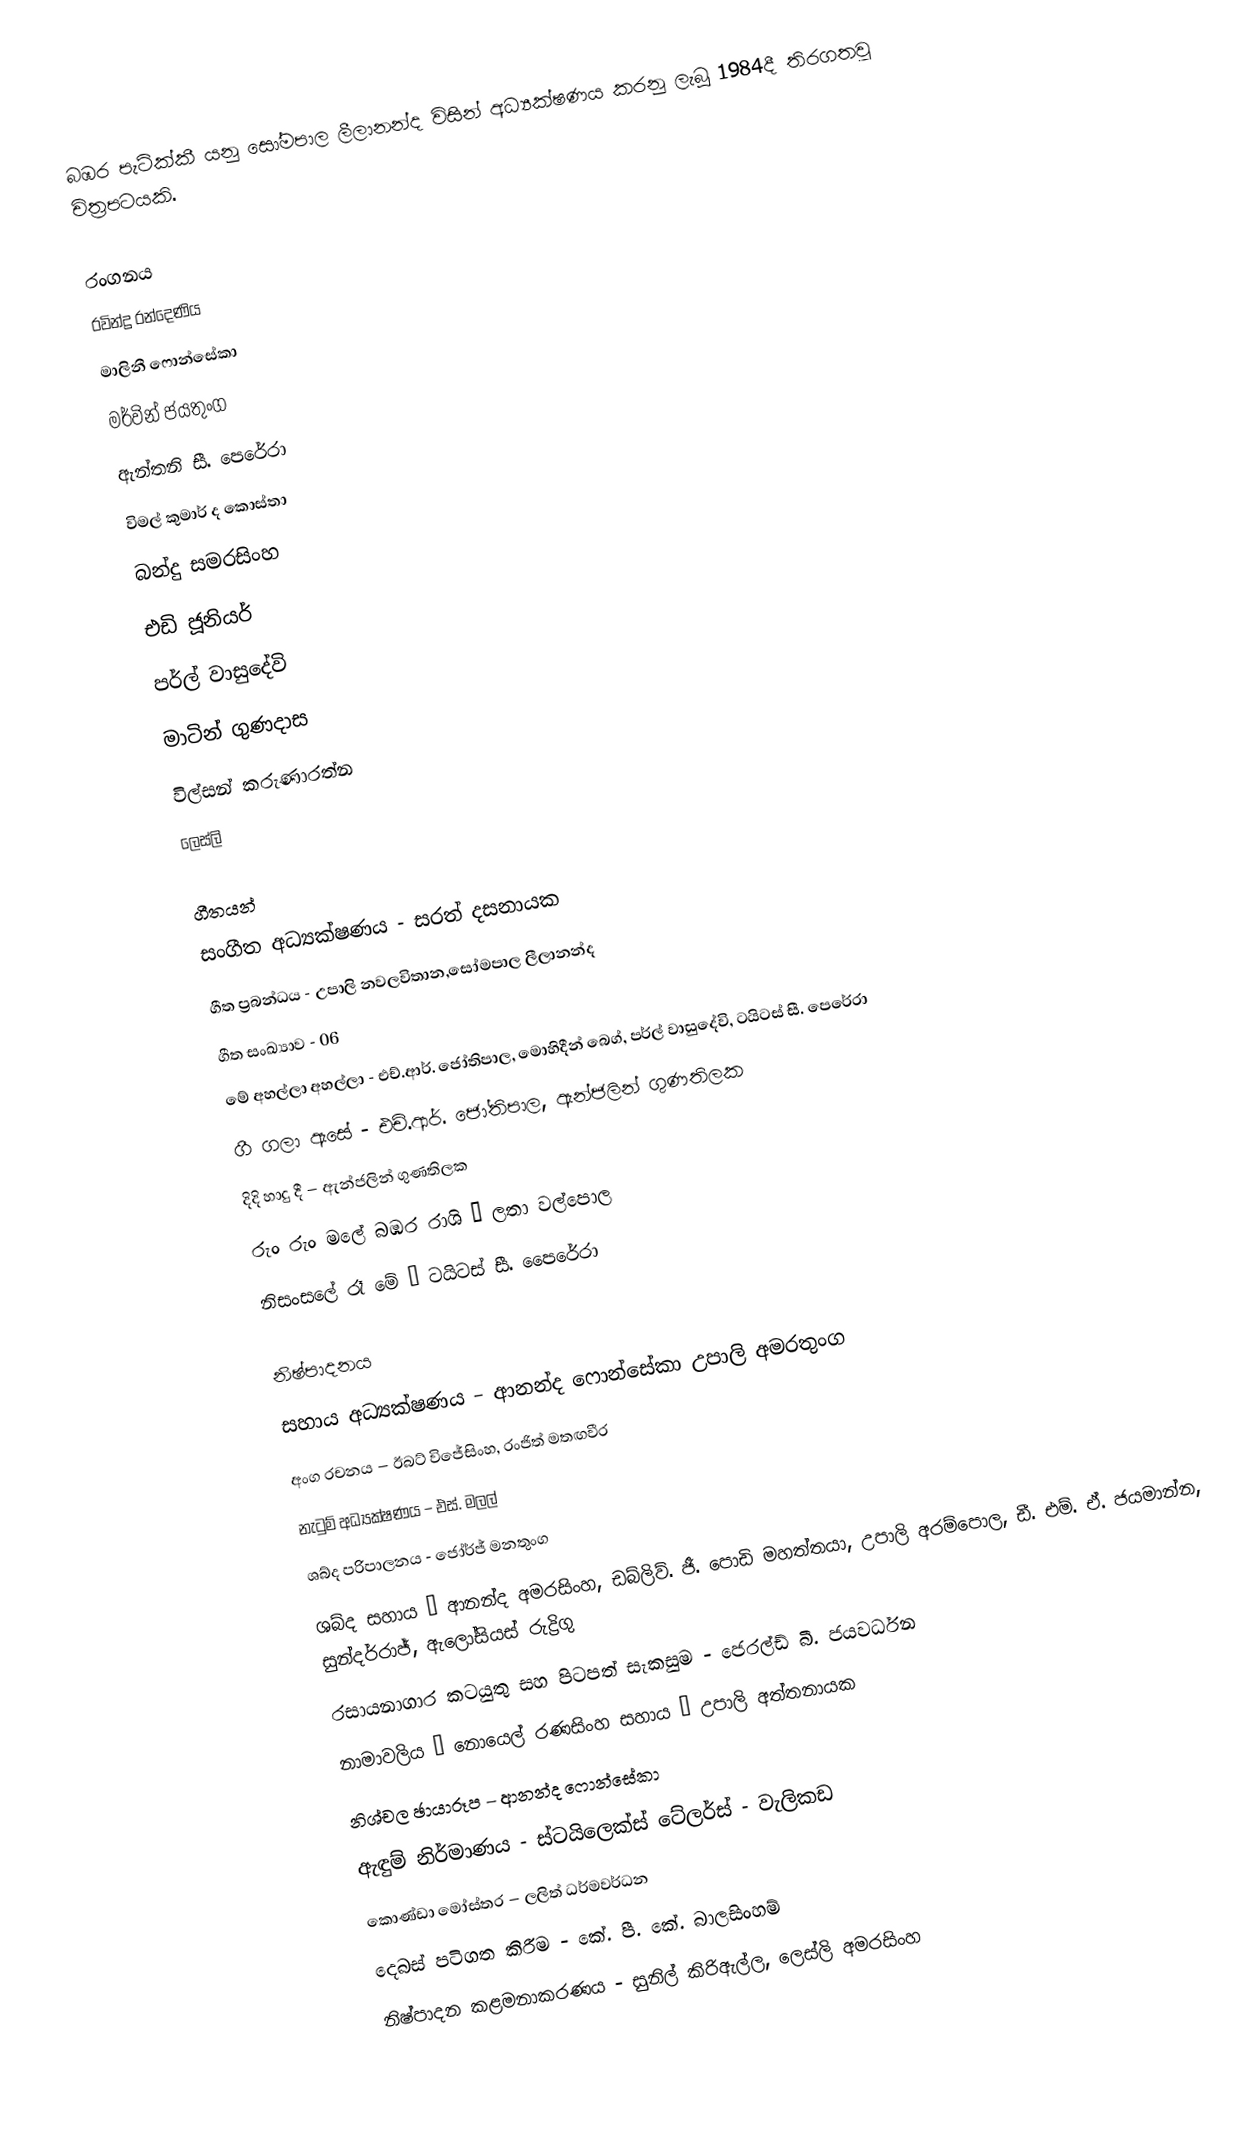
බඹර පැටික්කී යනු සෝමපාල ලීලානන්ද විසින් අධ්‍යක්ෂණය කරනු ලැබූ 1984දී තිරගතවූ චිත්‍රපටයකි.

රංගනය
රවින්ද්‍ර රන්දෙණිය
මාලිනී ෆොන්සේකා
මර්වින් ජයතුංග
ඇන්තනි සී. පෙරේරා
විමල් කුමාර් ද කොස්තා
බන්දු සමරසිංහ
එඩි ජූනියර්
පර්ල් වාසුදේවි
මාටින් ගුණදාස
විල්සන් කරුණාරත්න
ලෙස්ලි

ගීතයන්
සංගීත අධ්‍යක්ෂණය - සරත් දසනායක
ගීත ප්‍රබන්ධය - උපාලි නවලවිතාන,සෝමපාල ලීලානන්ද
ගීත සංඛ්‍යාව - 06
මේ අහල්ලා අහල්ලා - එච්.ආර්. ජෝතිපාල, මොහිදීන් බෙග්, පර්ල් වාසුදේවි, ටයිටස් සී. පෙරේරා
ගී ගලා ඇසේ - එච්.ආර්. ජෝතිපාල, ඇන්ජලින් ගුණතිලක
දිදි හාදු දී – ඇන්ජලින් ගුණතිලක
රුං රුං මලේ බඹර රාශි – ලතා වල්පොල
නිසංසලේ රෑ මේ – ටයිටස් සී. පෙෙරේරා

නිෂ්පාදනය
සහාය අධ්‍යක්ෂණය – ආනන්ද ෆොන්සේකා උපාලි අමරතුංග
අංග රචනය – ඊබට් විජේසිංහ, රංජිත් මතඟවීර
නැටුම් අධ්‍යක්ෂණය – එස්. මලල්
ශබ්ද පරිපාලනය - ජෝර්ජ් මනතුංග
ශබ්ද සහාය – ආනන්ද අමරසිංහ, ඩබ්ලිව්. ජී. පොඩි මහත්තයා, උපාලි අරම්පොල, ඩී. එම්. ඒ. ජයමාන්න, සුන්දර්රාජ්, ඇලෝසියස් රුද්‍රිගු
රසායනාගාර කටයුතු සහ පිටපත් සැකසුම - ජෙරල්ඩ් බී. ජයවර්ධන
නාමාවලිය – නොයෙල් රණසිංහ සහාය – උපාලි අත්තනායක
නිශ්චල ඡායාරූප – ආනන්ද ෆොන්සේකා
ඇඳුම් නිර්මාණය - ස්ටයිලෙක්ස් ටේලර්ස් - වැලිකඩ
කොණ්ඩා මෝස්තර – ලලිත් ධර්මවර්ධන
දෙබස් පටිගත කිරීම - කේ. පී. කේ. බාලසිංහම්
නිෂ්පාදන කළමනාකරණය - සුනිල් කිරිඇල්ල, ලෙස්ලි අමරසිංහ